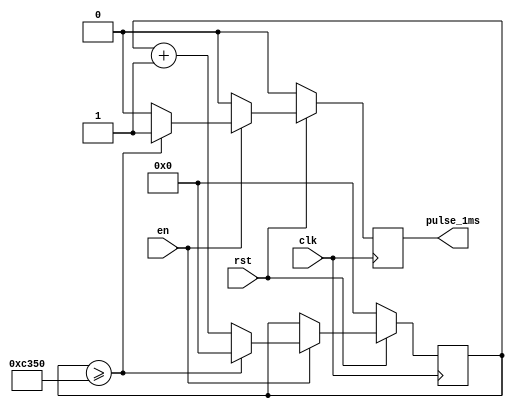
// ECE5440
// Module: timer_1ms
// Description: Sends a short pulse every 1millisecond.
//      timer assumed to be connected to a 50MHz oscillator

module timer_1ms(clk, rst, en, pulse_1ms);
    input clk, rst, en;
    output pulse_1ms;
    reg pulse_1ms;

    reg [31:0] cnt;

    always @ (posedge clk) begin
        if(rst == 1'b0)
        begin
            cnt <= 0;
            pulse_1ms <= 0;
        end
        else begin
            if(en == 1'b1)
            begin
                if(cnt >= 50000)
                begin
                    cnt <= 0;
                    pulse_1ms <= 1;
                end
                else begin
                    cnt <= cnt + 1;
                    pulse_1ms <= 0;
                end
            end
            else begin
                pulse_1ms <= 0;
            end
        end
    end 
endmodule